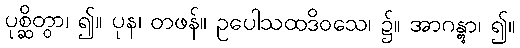
ပုစ္ဆိတွာ၊ ၍။ ပုန၊ တဖန်။ ဥပေါသထဒိဝသေ၊ ၌။ အာဂန္တွာ၊ ၍။